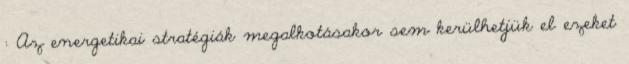
: Az energetikai stratégiák megalkotásakor sem kerülhetjük el ezeket